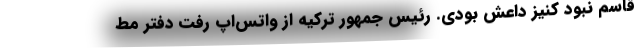
قاسم نبود کنیز داعش بودی. رئیس جمهور ترکیه از واتس‌اپ رفت دفتر مط